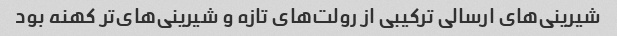
شیرینی‌های ارسالی ترکیبی از رولت‌های تازه و شیرینی‌های‌تر کهنه بود